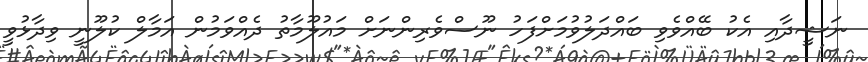
ނަޝީދާއި އެކު ބޭއްވެވި ބައްދަލުވުމަށްފަހު ނޫސްވެރިންނަށް މައުލޫމާތު ދެއްވަމުން އަމާލް ކުލޫނީ ވިދާޅުވީ